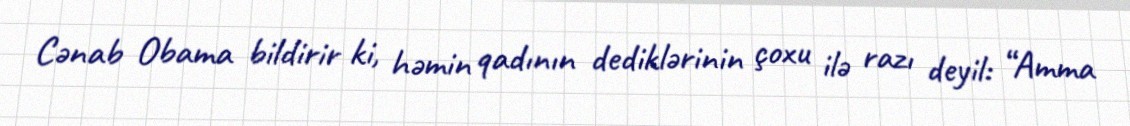
Cənab Obama bildirir ki, həmin qadının dediklərinin çoxu ilə razı deyil: “Amma